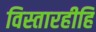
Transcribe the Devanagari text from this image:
विस्तारहीहि